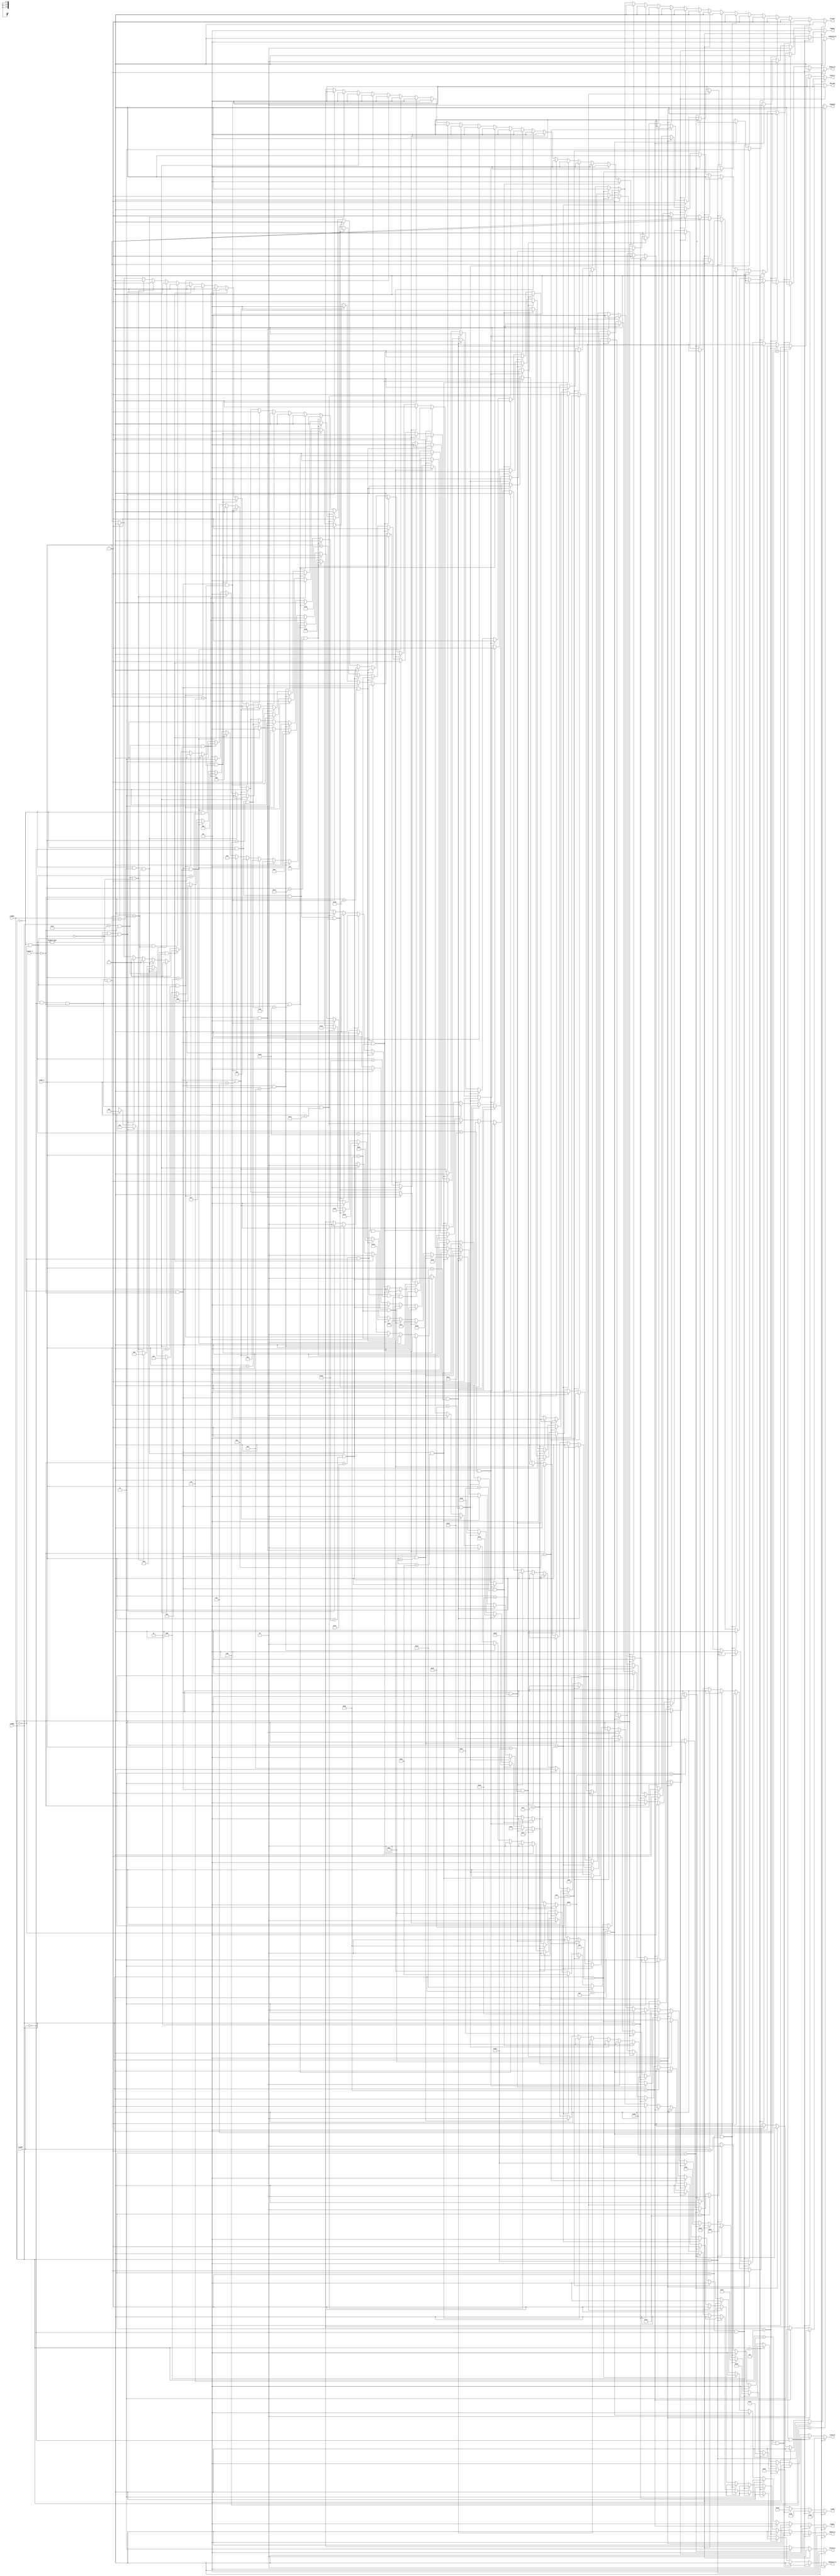
`timescale 1ns / 1ps

module Controller(readOp, readRS, readRT, read10_6, read5_0, JumpControl, JRegControl,	// fetch instructions
				  RegDst, ALUOp, ALUSrc0, ALUSrc1, MuxStore, // EX
		  		  Branch, MemRead, MemWrite,	// M
		  		  MemReg, RegWrite, MuxLoad);	//WB
    
	input  [5:0] readOp;  	// read [31:26] from Instruction Memory
	input  [4:0] readRS; 	// read [25:21] from Instruction Memory 
	input  [4:0] readRT;	// read [20:16] from Instruction Memory 
	input  [4:0] read10_6;	// read [10:6] from Instruction Memory  
	input  [5:0] read5_0;	// read [5:0] from Instruction Memory	

	output reg [5:0] ALUOp;		// output carries readOp to ALUController
	output reg [1:0] RegDst;			// Mux select: (0) rt for WriteReg, (1) rd for WriteReg
	output reg [1:0] ALUSrc0;			// ALU bottom Mux: (0) B = rt / (1) instr[15:0]
	output reg [1:0] ALUSrc1;			// ALU top Mux: (0) A = rs / (1) rt
	output reg [1:0] MuxStore;	// 3x1Mux to determine size store instructions content
							// (00) word, (01) halfword, (10) byte
	output reg [1:0] MuxLoad;	// 3x1Mux to determine size of load instructions content
							// (00) word, (01) halfword, (10) byte
    output reg JumpControl, JRegControl;							
	output reg Branch;			// (1) when operation is branch related
	output reg MemRead;			// (1) when reading from data memory
	output reg MemWrite;		// (1) when writing to data memory
	output reg RegWrite;		// (1) when writing to register
	output reg [1:0] MemReg;			// (1) when write from data memory to register
	
	initial begin
	   JumpControl <= 0;
	end
	
	always@(readOp, readRS, readRT, read10_6, read5_0)begin
		//initialized all reg cuz of syn warnings
	    ALUOp <= 6'dx;RegDst <= 2'dx;ALUSrc0 <= 2'd0; ALUSrc1 <= 2'd0;
	    MuxStore <= 2'dx;MuxLoad <= 2'dx;JumpControl <= 1'dx; 
	    JRegControl <= 1'dx;Branch <= 1'dx;MemRead <= 1'dx;
	    MemWrite <= 1'dx;RegWrite <= 1'dx; MemReg <= 2'dx;

        // nop
        if (readOp == 0 && readRS == 0 && readRT == 0 && read10_6 == 0 && read5_0 == 0) begin
        ALUOp <= 6'd0; ALUSrc0 <= 2'b00; ALUSrc1 <= 2'b00; JumpControl <= 0; Branch <= 0; MemRead <= 1'b0; MemWrite <= 1'b0; RegWrite <= 0; JRegControl <= 0;
        end
		// sll
		if(readOp == 6'd0 && readRS == 5'd0 && read10_6 != 0 && read5_0 == 6'd0) begin
		ALUOp <= 6'd1; RegDst <= 2'b01; ALUSrc0 <= 2'b10; ALUSrc1 <= 2'b10; Branch <= 0;
		MemRead <= 0; MemWrite <= 1'b0; RegWrite <= 1; MemReg <= 0; JumpControl <= 0; JRegControl <= 0;
		end
		// madd
		if(readOp == 6'd28 && read10_6 == 5'd0 && read5_0 == 6'd0) begin
		ALUOp <= 6'd2; ALUSrc0 <= 0; ALUSrc1 <= 0; Branch <= 0;
		MemRead <= 0; MemWrite <= 1'b0; RegWrite <= 0;  JumpControl <= 0; JRegControl <= 0;
		end
		// rotr
		if(readOp == 6'd0 && readRS == 5'd1 && read5_0 == 6'd2) begin
		ALUOp <= 6'd3; RegDst <= 2'b01; ALUSrc0 <= 2'b10; ALUSrc1 <= 2'b10; Branch <= 0;
		MemRead <= 0; MemWrite <= 1'b0; RegWrite <= 1; MemReg <= 0; JumpControl <= 0; JRegControl <= 0;
		end
		// srl
		if(readOp == 6'd0 && readRS == 5'd0 && read5_0 == 6'd2) begin
		ALUOp <= 6'd4; RegDst <= 2'b01; ALUSrc0 <= 2'b10; ALUSrc1 <= 2'b10; Branch <= 0;
		MemRead <= 0; MemWrite <= 1'b0; RegWrite <= 1; MemReg <= 0; JumpControl <= 0; JRegControl <= 0;
		end
		// mul
		if(readOp == 6'd28 && read10_6 == 5'd0 && read5_0 == 6'd2) begin
		ALUOp <= 6'd5; RegDst <= 2'b01; ALUSrc0 <= 0; ALUSrc1 <= 0; Branch <= 0;
		MemRead <= 0; MemWrite <= 1'b0; RegWrite <= 1; MemReg <= 0; JumpControl <= 0; JRegControl <= 0;
		end
		// sra
		if(readOp == 6'd0 && readRS == 5'd0 && read5_0 == 6'd3) begin
		ALUOp <= 6'd6; RegDst <= 2'b01; ALUSrc0 <= 2'b10; ALUSrc1 <= 2'b01; Branch <= 0;
		MemRead <= 0; MemWrite <= 1'b0; RegWrite <= 1; MemReg <= 0; JumpControl <= 0; JRegControl <= 0;
		end
		// sllv
		if(readOp == 6'd0 && read10_6 == 5'd0 && read5_0 == 6'd4) begin
		ALUOp <= 6'd7; RegDst <= 2'b01; ALUSrc0 <= 0; ALUSrc1 <= 0; Branch <= 0;
		MemRead <= 0; MemWrite <= 1'b0; RegWrite <= 1; MemReg <= 0; JumpControl <= 0; JRegControl <= 0;
		end
		// msub
		if(readOp == 6'd28 && read10_6 == 5'd0 && read5_0 == 6'd4) begin
		ALUOp <= 6'd8; RegDst <= 0; ALUSrc0 <= 0; ALUSrc1 <= 0; Branch <= 0;
		MemRead <= 0; MemWrite <= 1'b0; RegWrite <= 0;  JumpControl <= 0; JRegControl <= 0;
		end
		// rotrv
		if(readOp == 6'd0 && read10_6 == 5'd1 && read5_0 == 6'd6) begin
		ALUOp <= 6'd9; RegDst <= 2'b01; ALUSrc0 <= 0; ALUSrc1 <= 0; Branch <= 0;
		MemRead <= 0; MemWrite <= 1'b0; RegWrite <= 1; MemReg <= 0; JumpControl <= 0; JRegControl <= 0;
		end
		// srlv
		if(readOp == 6'd0 && read10_6 == 5'd0 && read5_0 == 6'd6) begin
		ALUOp <= 6'd10; RegDst <= 2'b01; ALUSrc0 <= 0; ALUSrc1 <= 0; Branch <= 0;
		MemRead <= 0; MemWrite <= 1'b0; RegWrite <= 1;  MemReg <= 0; JumpControl <= 0; JRegControl <= 0;
		end
		// srav
		if(readOp == 6'd0 && read10_6 == 5'd0 && read5_0 == 6'd7) begin
		ALUOp <= 6'd11; RegDst <= 2'b01; ALUSrc0 <= 0; ALUSrc1 <= 0; Branch <= 0;
		MemRead <= 0; MemWrite <= 1'b0; RegWrite <= 1;  MemReg <= 0; JumpControl <= 0; JRegControl <= 0;
		end
		// jump reg
		if(readOp == 6'd0 && readRT == 5'd0 && read5_0 == 6'd8) begin
		ALUOp <= 6'd12; Branch <= 1; JumpControl <= 0; 
		MemWrite <= 1'b0; JRegControl <= 1;
		end
		// movz
		if(readOp == 6'd0 && read10_6 == 5'd0 && read5_0 == 6'd10) begin
		ALUOp <= 6'd13; RegDst <= 2'b01; ALUSrc0 <= 0; ALUSrc1 <= 0; Branch <= 0;
		MemRead <= 0; MemWrite <= 1'b0; RegWrite <= 1;  MemReg <= 0; JumpControl <= 0; JRegControl <= 0;
		end
		// movn
		if(readOp == 6'd0 && read10_6 == 5'd0 && read5_0 == 6'd11) begin
		ALUOp <= 6'd14; RegDst <= 2'b01; ALUSrc0 <= 0; ALUSrc1 <= 0; Branch <= 0;
		MemRead <= 0; MemWrite <= 1'b0; RegWrite <= 1;  MemReg <= 0; JumpControl <= 0; JRegControl <= 0;
		end
		// mfhi
		if(readOp == 6'd0 && readRS == 5'd0 && readRT == 5'd0 && read10_6 == 5'd0 && read5_0 == 6'd16) begin
		ALUOp <= 6'd15; RegDst <= 2'b01; Branch <= 0; MemRead <= 0; MemWrite <= 1'b0; 
		RegWrite <= 1;  JumpControl <= 0; JRegControl <= 0; MemReg <= 2'd0;
		end
		// mthi
		if(readOp == 6'd0 && readRT == 5'd0 && read10_6 == 5'd0 && read5_0 == 6'd17) begin
		ALUOp <= 6'd16; ALUSrc1 <= 0; Branch <= 0; MemRead <= 0; MemWrite <= 1'b0; 
		RegWrite <= 0;  JumpControl <= 0; JRegControl <= 0;
		end
		// mflo
		if(readOp == 6'd0 && readRS == 5'd0 && readRT == 5'd0 && read10_6 == 5'd0 && read5_0 == 6'd18) begin
		ALUOp <= 6'd17; RegDst <= 2'b01; Branch <= 0; MemRead <= 0; MemWrite <= 1'b0; 
		RegWrite <= 1;  JumpControl <= 0; JRegControl <= 0;MemReg <= 2'd0;
		end
		// mtlo
		if(readOp == 6'd0 && readRT == 5'd0 && read10_6 == 5'd0 && read5_0 == 6'd19) begin
		ALUOp <= 6'd18; ALUSrc1 <= 0; Branch <= 0; MemRead <= 0; MemWrite <= 1'b0; 
		RegWrite <= 0;  JumpControl <= 0; JRegControl <= 0;
		end
		// mult
		if(readOp == 6'd0 && read10_6 == 5'd0 && read5_0 == 6'd24) begin
		ALUOp <= 6'd19; ALUSrc0 <= 0; ALUSrc1 <= 0; Branch <= 0; MemRead <= 0; 
		MemWrite <= 1'b0; RegWrite <= 0;  JumpControl <= 0; JRegControl <= 0;
		end
		// multu
		if(readOp == 6'd0 && read10_6 == 5'd0 && read5_0 == 6'd25) begin
		ALUOp <= 6'd20; ALUSrc0 <= 0; ALUSrc1 <= 0; Branch <= 0; MemRead <= 0; 
		MemWrite <= 1'b0; RegWrite <= 0;  JumpControl <= 0; JRegControl <= 0;
		end
		// add
		if(readOp == 6'd0 && read10_6 == 5'd0 && read5_0 == 6'd32) begin
		ALUOp <= 6'd21; RegDst <= 2'b01; ALUSrc0 <= 0; ALUSrc1 <= 0; Branch <= 0;
		MemRead <= 0; MemWrite <= 1'b0; RegWrite <= 1;  MemReg <= 0; JumpControl <= 0; JRegControl <= 0;
		end
		// seb
		if(readOp == 6'd31 && readRS == 5'd0 && read10_6 == 5'd16 && read5_0 == 6'd32) begin
		ALUOp <= 6'd22; RegDst <= 2'b01; ALUSrc0 <= 0; Branch <= 0; MemRead <= 0; 
		MemWrite <= 1'b0; RegWrite <= 1;  MemReg <= 0; JumpControl <= 0; JRegControl <= 0;
		end
		// seh
		if(readOp == 6'd31 && readRS == 5'd0 && read10_6 == 5'd24 && read5_0 == 6'd32) begin
		ALUOp <= 6'd23; RegDst <= 2'b01; ALUSrc0 <= 0; Branch <= 0; MemRead <= 0; 
		MemWrite <= 1'b0; RegWrite <= 1;MemReg <= 0; JumpControl <= 0;   JRegControl <= 0;
		end
		// addu
		if(readOp == 6'd0 && read10_6 == 5'd0 && read5_0 == 6'd33) begin
		ALUOp <= 6'd24; RegDst <= 2'b01; ALUSrc0 <= 0; ALUSrc1 <= 0; Branch <= 0; 
		MemRead <= 0; MemWrite <= 1'b0; RegWrite <= 1; MemReg <= 0; JumpControl <= 0; JRegControl <= 0;
		end
		// sub
		if(readOp == 6'd0 && read10_6 == 5'd0 && read5_0 == 6'd34) begin
		ALUOp <= 6'd25; RegDst <= 2'b01; ALUSrc0 <= 0; ALUSrc1 <= 0; Branch <= 0; 
		MemRead <= 0; MemWrite <= 1'b0; RegWrite <= 1; MemReg <= 0; JumpControl <= 0; JRegControl <= 0;
		end
		// and
		if(readOp == 6'd0 && read10_6 == 5'd0 && read5_0 == 6'd36) begin
		ALUOp <= 6'd26; RegDst <= 2'b01; ALUSrc0 <= 0; ALUSrc1 <= 0; Branch <= 0; 
		MemRead <= 0; MemWrite <= 1'b0; RegWrite <= 1; MemReg <= 0; JumpControl <= 0; JRegControl <= 0;
		end
		// or
		if(readOp == 6'd0 && read10_6 == 5'd0 && read5_0 == 6'd37) begin
		ALUOp <= 6'd27; RegDst <= 2'b01; ALUSrc0 <= 0; ALUSrc1 <= 0; Branch <= 0; 
		MemRead <= 0; MemWrite <= 1'b0; RegWrite <= 1; MemReg <= 0; JumpControl <= 0; JRegControl <= 0;
		end
		// xor
		if(readOp == 6'd0 && read10_6 == 5'd0 && read5_0 == 6'd38) begin
		ALUOp <= 6'd28; RegDst <= 2'b01; ALUSrc0 <= 0; ALUSrc1 <= 0; Branch <= 0; 
		MemRead <= 0; MemWrite <= 1'b0; RegWrite <= 1; MemReg <= 0; JumpControl <= 0; JRegControl <= 0;
		end
		// nor
		if(readOp == 6'd0 && read10_6 == 5'd0 && read5_0 == 6'd39) begin
		ALUOp <= 6'd29; RegDst <= 2'b01; ALUSrc0 <= 0; ALUSrc1 <= 0; Branch <= 0; 
		MemRead <= 0; MemWrite <= 1'b0; RegWrite <= 1;  MemReg <= 0; JumpControl <= 0; JRegControl <= 0;
		end
		// slt
		if(readOp == 6'd0 && read10_6 == 5'd0 && read5_0 == 6'd42) begin
		ALUOp <= 6'd30; RegDst <= 2'd1; ALUSrc0 <= 0; ALUSrc1 <= 0; Branch <= 0; 
		RegWrite <= 1;  MemReg <= 0; JumpControl <= 0; MemWrite <= 1'b0; JRegControl <= 0;
		end
		// sltu
		if(readOp == 6'd0 && read10_6 == 5'd0 && read5_0 == 6'd43) begin
		ALUOp <= 6'd31; RegDst <= 2'b01; ALUSrc0 <= 2'b10; ALUSrc1 <= 0; Branch <= 0; 
		MemRead <= 0; MemWrite <= 1'b0; RegWrite <= 1;  MemReg <= 0; JumpControl <= 0; JRegControl <= 0;
		end
		// addiu
		if(readOp == 6'd9) begin
		ALUOp <= 6'd32; RegDst <= 0; ALUSrc0 <= 2'b01; ALUSrc1 <= 2'b00; Branch <= 0; 
		MemRead <= 0; MemWrite <= 1'b0; RegWrite <= 1;  MemReg <= 0; JumpControl <= 0; JRegControl <= 0;
		end
		// slti
		if(readOp == 6'd10) begin
		ALUOp <= 6'd33; RegDst <= 0; ALUSrc0 <= 2'b01; ALUSrc1 <= 0; Branch <= 0; 
		MemRead <= 0; MemWrite <= 1'b0; RegWrite <= 1;  MemReg <= 0; JumpControl <= 0; JRegControl <= 0;
		end
		// sltiu
		if(readOp == 6'd11) begin
		ALUOp <= 6'd34; RegDst <= 0; ALUSrc0 <= 2'b10; ALUSrc1 <= 0; Branch <= 0; 
		MemRead <= 0; MemWrite <= 1'b0; RegWrite <= 1;  MemReg <= 0; JumpControl <= 0; JRegControl <= 0;
		end
		// andi
		if(readOp == 6'd12) begin
		ALUOp <= 6'd35; RegDst <= 0; ALUSrc0 <= 2'b10; ALUSrc1 <= 2'b00; Branch <= 0; 
		MemRead <= 0; MemWrite <= 1'b0; RegWrite <= 1;  MemReg <= 0; JumpControl <= 0; JRegControl <= 0;
		end
		// ori
		if(readOp == 6'd13) begin
		ALUOp <= 6'd36; RegDst <= 0; ALUSrc0 <= 2'b01; ALUSrc1 <= 0; Branch <= 0; 
		MemRead <= 0; MemWrite <= 1'b0; RegWrite <= 1;  MemReg <= 0; JumpControl <= 0; JRegControl <= 0;
		end
		// xori
		if(readOp == 6'd14) begin
		ALUOp <= 6'd37; RegDst <= 0; ALUSrc0 <= 2'b01; ALUSrc1 <= 0; Branch <= 0; 
		MemRead <= 0; MemWrite <= 1'b0; RegWrite <= 1;  MemReg <= 0; JumpControl <= 0; JRegControl <= 0;
		end
		// lui
		if(readOp == 6'd15 && readRS == 5'd0) begin
		ALUOp <= 6'd38; RegDst <= 0; ALUSrc0 <= 0; ALUSrc0 <= 2'd2; Branch <= 0; MemRead <= 0; 
		MemWrite <= 1'b0; RegWrite <= 1;  MemReg <= 0; JumpControl <= 0; JRegControl <= 0;
		end
		// jump
		if(readOp == 6'd2) begin
		ALUOp <= 6'd39; Branch <= 0; ALUSrc1 <= 0; RegWrite <= 0; 
		MemWrite <= 1'b0; JumpControl <= 1;
		end
		// jal
		if(readOp == 6'd3) begin
		ALUOp <= 6'd40; Branch <= 0; RegDst <= 2'b10; MemReg <= 2'b10; 
		RegWrite <= 1; MemWrite <= 1'b0; JumpControl <= 1; RegDst <= 2'd2;
		JRegControl <= 1;
		end
		// lb
		if(readOp == 6'd32) begin
		ALUOp <= 6'd41; RegDst <= 0; ALUSrc0 <= 2'd2; ALUSrc1 <= 2'd0; Branch <= 0;
		MemRead <= 1; MemWrite <= 1'b0; RegWrite <= 1;   MemReg <= 2'd1; MuxLoad <= 2'd2; 
		JumpControl <= 0; JRegControl <= 0;
		end
		// lh
		if(readOp == 6'd33) begin
		ALUOp <= 6'd42; RegDst <= 0; ALUSrc0 <= 2'd2; ALUSrc1 <= 2'd0; Branch <= 0;
		MemRead <= 1; MemWrite <= 1'b0; RegWrite <= 1; MemReg <= 2'd1; MuxLoad <= 2'd1; 
		JumpControl <= 0; JRegControl <= 0;
		end
		// lw
		if(readOp == 6'd35) begin
		ALUOp <= 6'd43; RegDst <= 0; ALUSrc0 <= 2'd2; ALUSrc1 <= 2'd0; Branch <= 0; JRegControl <= 0;
		MemRead <= 1; MemWrite <= 1'b0; RegWrite <= 1;   MemReg <= 2'd1; MuxLoad <= 2'd0; JumpControl <= 0; 
		end
		// sb
		if(readOp == 6'd40) begin
		ALUOp <= 6'd44; ALUSrc0 <= 2'd1; ALUSrc1 <= 2'd0; Branch <= 0; RegWrite <= 1'dx;
		MemRead <= 0; MemWrite <= 1'b1; MuxStore <= 2'd2; JumpControl <= 0; JRegControl <= 0;
		end
		// sh
		if(readOp == 6'd41) begin
		ALUOp <= 6'd45; ALUSrc0 <= 2'd1; ALUSrc1 <= 2'd0; Branch <= 0; RegWrite <= 1'dx;
		MemRead <= 0; MemWrite <= 1'b1; MemReg <= 0;  MuxStore <= 2'd1; JumpControl <= 0; JRegControl <= 0;
		end
		// sw
		if(readOp == 6'd43) begin
		ALUOp <= 6'd46; ALUSrc0 <= 2'd1; ALUSrc1 <= 2'd0; Branch <= 0; RegWrite <= 1'dx;
		MemRead <= 0; MemWrite <= 1'b1; MuxStore <= 2'd0; JumpControl <= 0; JRegControl <= 0;
		end
		// bgez
		if(readOp == 6'd1 && readRT == 5'd1) begin
		ALUOp <= 6'd47; ALUSrc0 <= 0; ALUSrc1 <= 0; Branch <= 1; 
		RegWrite <= 0; MemWrite <= 1'b0; JumpControl <= 0;  JRegControl <= 0; 
		end
		// bltz
		if(readOp == 6'd1 && readRT == 5'd0) begin
		ALUOp <= 6'd48; ALUSrc0 <= 0; ALUSrc1 <= 0; Branch <= 1; 
		RegWrite <= 0; MemWrite <= 1'b0; JumpControl <= 0;  JRegControl <= 0;
		end
		// beq
		if(readOp == 6'd4) begin
		ALUOp <= 6'd49; ALUSrc0 <= 0; ALUSrc1 <= 0; Branch <= 1; 
		RegWrite <= 0; MemWrite <= 1'b0; JumpControl <= 0;  JRegControl <= 0;
		end
		// bne
		if(readOp == 6'd5) begin
		ALUOp <= 6'd50; ALUSrc0 <= 0; ALUSrc1 <= 0; Branch <= 1; 
		RegWrite <= 0; MemWrite <= 1'b0; JumpControl <= 0;  JRegControl <= 0;
		end
		// blez
		if(readOp == 6'd6 && readRT == 5'd0) begin
		ALUOp <= 6'd51; ALUSrc0 <= 0; ALUSrc1 <= 0; Branch <= 1; 
		RegWrite <= 0; MemWrite <= 1'b0; JumpControl <= 0;  JRegControl <= 0;
		end
		// bgtz
		if(readOp == 6'd7 && readRT == 5'd0) begin
		ALUOp <= 6'd52; ALUSrc0 <= 0; ALUSrc1 <= 0; Branch <= 1; 
		RegWrite <= 0; MemWrite <= 1'b0; JumpControl <= 0;  JRegControl <= 0;
		end
		// addi
		if(readOp == 6'd8) begin
		ALUOp <= 6'd53; RegDst <= 0; ALUSrc0 <= 2'b01; ALUSrc1 <= 0; Branch <= 0;
		MemRead <= 0; MemWrite <= 1'b0; RegWrite <= 1; MemReg <= 0; JumpControl <= 0; JRegControl <= 0;
        end
	end

endmodule

// Updated: 10/14	9:25PM